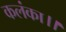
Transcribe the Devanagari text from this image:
कलंका।।